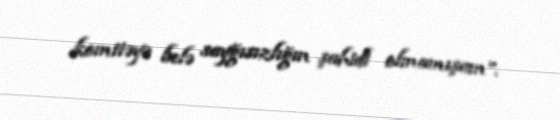
komitəyə belə sayğısızlığın şahidi olmamışam”.